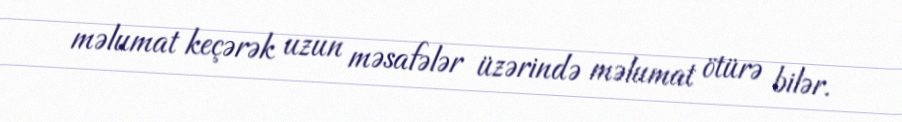
məlumat keçərək uzun məsafələr üzərində məlumat ötürə bilər.